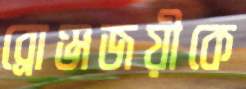
ব্রোঞ্জজয়ীকে